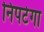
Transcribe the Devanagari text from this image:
निपटेगा